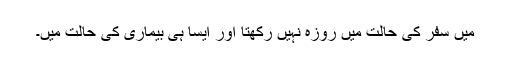
مَیں سفر کی حالت میں روزہ نہیں رکھتا اور ایسا ہی بیماری کی حالت میں۔